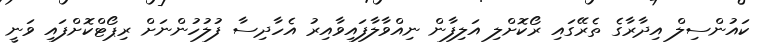
ކައުންސިލް އިދާރާގެ ތެރޭގައި ރޯކޮށްލި އަލިފާން ނިއްވާލާފައިވާއިރު އެހާދިސާ ފުލުހުންނަށް ރިޕޯޓްކޮށްފައި ވަނީ